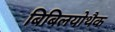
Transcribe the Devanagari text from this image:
बिबिलयोथैक